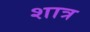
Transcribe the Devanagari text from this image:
शात्र